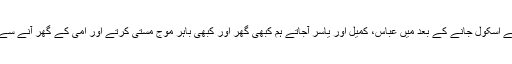
اب ہو تا یہ تھا کہ امی کے اسکول جانے کے بعد میں عباس، کمیل اور یاسر آجاتے ہم کبھی گھر اور کبھی باہر موج مستی کرتے اور امی کے گھر آنے سے پہلے میں سوتا بن جا تا۔